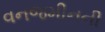
વનજમીનની